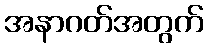
အနာဂတ်အတွက်